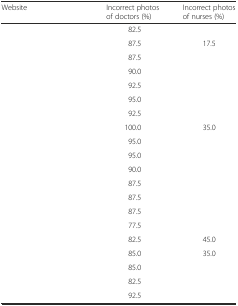
<table><thead><tr><td><b>Website</b></td><td><b>Incorrect photos of doctors (%)</b></td><td><b>Incorrect photos of nurses (%)</b></td></tr></thead><tbody><tr><td>[EMPTY_CELL]</td><td>82.5</td><td>[EMPTY_CELL]</td></tr><tr><td>[EMPTY_CELL]</td><td>87.5</td><td>17.5</td></tr><tr><td>[EMPTY_CELL]</td><td>87.5</td><td>[EMPTY_CELL]</td></tr><tr><td>[EMPTY_CELL]</td><td>90.0</td><td>[EMPTY_CELL]</td></tr><tr><td>[EMPTY_CELL]</td><td>92.5</td><td>[EMPTY_CELL]</td></tr><tr><td>[EMPTY_CELL]</td><td>95.0</td><td>[EMPTY_CELL]</td></tr><tr><td>[EMPTY_CELL]</td><td>92.5</td><td>[EMPTY_CELL]</td></tr><tr><td>[EMPTY_CELL]</td><td>100.0</td><td>35.0</td></tr><tr><td>[EMPTY_CELL]</td><td>95.0</td><td>[EMPTY_CELL]</td></tr><tr><td>[EMPTY_CELL]</td><td>95.0</td><td>[EMPTY_CELL]</td></tr><tr><td>[EMPTY_CELL]</td><td>90.0</td><td>[EMPTY_CELL]</td></tr><tr><td>[EMPTY_CELL]</td><td>87.5</td><td>[EMPTY_CELL]</td></tr><tr><td>[EMPTY_CELL]</td><td>87.5</td><td>[EMPTY_CELL]</td></tr><tr><td>[EMPTY_CELL]</td><td>87.5</td><td>[EMPTY_CELL]</td></tr><tr><td>[EMPTY_CELL]</td><td>77.5</td><td>[EMPTY_CELL]</td></tr><tr><td>[EMPTY_CELL]</td><td>82.5</td><td>45.0</td></tr><tr><td>[EMPTY_CELL]</td><td>85.0</td><td>35.0</td></tr><tr><td>[EMPTY_CELL]</td><td>85.0</td><td>[EMPTY_CELL]</td></tr><tr><td>[EMPTY_CELL]</td><td>82.5</td><td>[EMPTY_CELL]</td></tr><tr><td>[EMPTY_CELL]</td><td>92.5</td><td>[EMPTY_CELL]</td></tr></tbody></table>